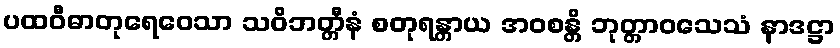
ပထဝီဓာတုရေဝေသာ သဝိဘတ္တီနံ စတုရန္တာယ အဝစန္တိ ဘုတ္တာဝသေသံ နာဒဋ္ဌာ